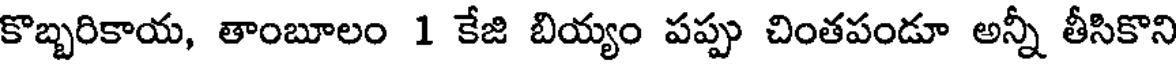
కొబ్బరికాయ, తాంబూలం 1 కేజి బియ్యం పప్పు చింతపండూ అన్నీ తీసికొని